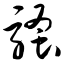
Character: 骚